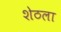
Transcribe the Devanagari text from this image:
शेठला